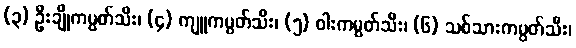
(၃) ဦးချိုကမ္ပတ်သီး၊ (၄) ကျူကမ္ပတ်သီး၊ (၅) ဝါးကမ္ပတ်သီး၊ (၆) သစ်သားကမ္ပတ်သီး၊